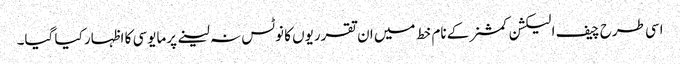
اسی طرح چیف الیکشن کمشنر کے نام خط میں ان تقرریوں کا نوٹس نہ لینے پرمایوسی کا اظہار کیا گیا۔